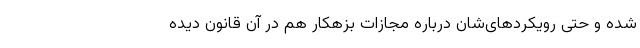
شده و حتی رویکردهای‌شان درباره مجازات بزهکار هم در آن قانون دیده